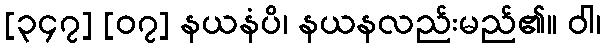
[၃၄၇] [၀၇] နယနံပိ၊ နယနလည်းမည်၏။ ဝါ၊